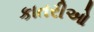
કાતરીઓ